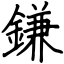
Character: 鎌